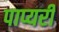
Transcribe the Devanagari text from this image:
पाप्यरी